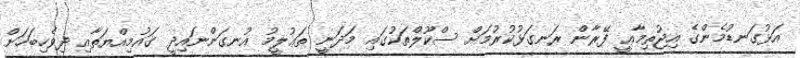
އަޅުގަނޑުމެންގެ އިޖުތިމާޢީ ފޭރާން ރަނގަޅުކުރުމަށް ސްކޫލްތަކުގައި މަދަނީ ތަޢުލީމު އުނގަންނައިދީ ޤައުމިއްޔަތާއި ދިވެހިބަހަށް